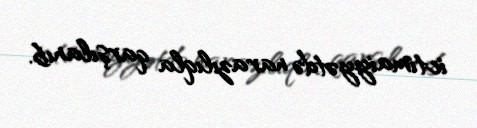
ictimaiyyətdə narazılıqla qarşılanıb.